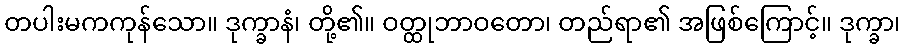
တပါးမကကုန်သော။ ဒုက္ခာနံ၊ တို့၏။ ဝတ္ထုဘာဝတော၊ တည်ရာ၏ အဖြစ်ကြောင့်။ ဒုက္ခာ၊